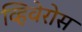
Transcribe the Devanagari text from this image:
व्हिवेरोस